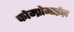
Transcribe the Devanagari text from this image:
कोम्प्रोमाईज़